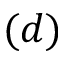
( d )